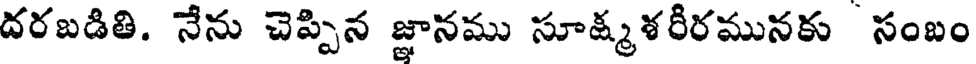
దరబడితి. నేను చెప్పిన జ్ఞానము సూక్మశరీరమునకు సంబం